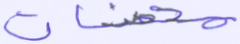
محصنات